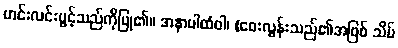
ဟင်းလင်းပွင့်သည်ကိုပြု၏။ အနာပါထံဝါ၊ (ဝေးလွန်းသည်၏အဖြစ် သိမ်